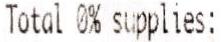
TOTAL 0% SUPPLIES: